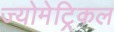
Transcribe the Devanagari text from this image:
ज्योमेट्रिकल